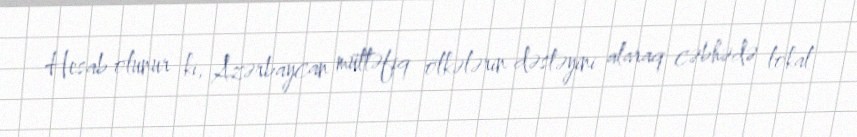
Hesab olunur ki, Azərbaycan müttəfiq ölkələrin dəstəyini alaraq cəbhədə lokal